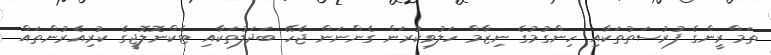
ތަމްރީންގެ ފުރުސަތުތަކާއި ހިންގުމުގެ ނިޒާމް ހަލުވިކުރަން ގެންނަން ޖެހޭ ބަދަލުތަކާއި ޓެކްނޮލޮޖީގެ ކުރިއެރުންތައް